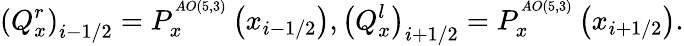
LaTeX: {{\left(Q_{x}^{r}\right)}_{i-1/2}}=P_{x}^{^{AO\left(5,3\right)}}\left({{x}_{i-1/2}}\right),{{\left(Q_{x}^{l}\right)}_{i+1/2}}=P_{x}^{^{AO\left(5,3\right)}}\left({{x}_{i+1/2}}\right).